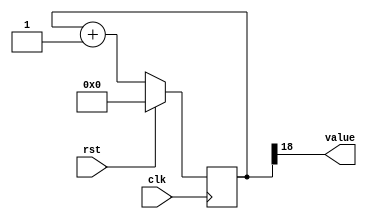
/*
   This file was generated automatically by Alchitry Labs version 1.2.7.
   Do not edit this file directly. Instead edit the original Lucid source.
   This is a temporary file and any changes made to it will be destroyed.
*/

/*
   Parameters:
     SIZE = 1
     DIV = 18
     TOP = 0
     UP = 1
*/
module counter_27 (
    input clk,
    input rst,
    output reg [0:0] value
  );
  
  localparam SIZE = 1'h1;
  localparam DIV = 5'h12;
  localparam TOP = 1'h0;
  localparam UP = 1'h1;
  
  
  reg [18:0] M_ctr_d, M_ctr_q = 1'h0;
  
  localparam MAX_VALUE = 19'h3ffff;
  
  always @* begin
    M_ctr_d = M_ctr_q;
    
    value = M_ctr_q[18+0-:1];
    if (1'h1) begin
      M_ctr_d = M_ctr_q + 1'h1;
      if (1'h0 && M_ctr_q == 19'h3ffff) begin
        M_ctr_d = 1'h0;
      end
    end else begin
      M_ctr_d = M_ctr_q - 1'h1;
      if (1'h0 && M_ctr_q == 1'h0) begin
        M_ctr_d = 19'h3ffff;
      end
    end
  end
  
  always @(posedge clk) begin
    if (rst == 1'b1) begin
      M_ctr_q <= 1'h0;
    end else begin
      M_ctr_q <= M_ctr_d;
    end
  end
  
endmodule